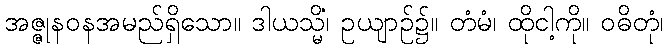
အဇ္ဇုနဝနအမည်ရှိသော။ ဒါယသ္မိံ၊ ဥယျာဉ်၌။ တံမံ၊ ထိုငါ့ကို။ ဝဓိတုံ၊